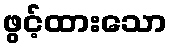
ဖွင့်ထားသော